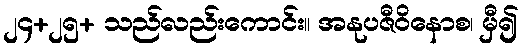
၂၄+၂၅+ သည်လည်းကောင်း။ အနုပဇီဝိနောစ၊ မှီ၍